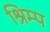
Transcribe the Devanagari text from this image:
श्रिम्‍प